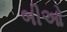
બીઓ